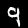
Digit: 9